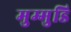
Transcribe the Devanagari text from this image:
मुम्मुडि